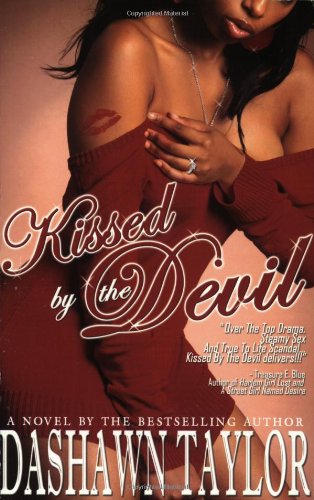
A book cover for Kissed By The Devil; Dashawn Taylor; Romance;